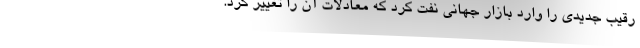
رقیب جدیدی را وارد بازار جهانی نفت کرد که معادلات آن را تغییر کرد.